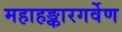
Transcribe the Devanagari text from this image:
महाहङ्कारगर्वेण